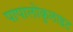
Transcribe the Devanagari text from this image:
पापालोक़ुलाइट